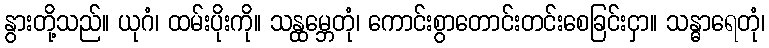
နွားတို့သည်။ ယုဂံ၊ ထမ်းပိုးကို။ သန္ထမ္ဘေတုံ၊ ကောင်းစွာတောင်းတင်းစေခြင်းငှာ။ သန္ဓာရေတုံ၊